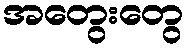
အတွေးတွေ